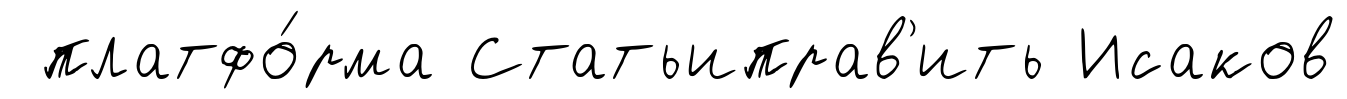
платфо́рма Статьиправ'ить Исаков